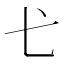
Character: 𢍺